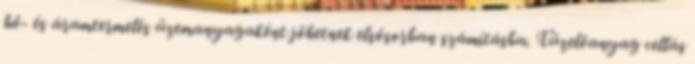
hő- és áramtermelés üzemanyagaként jöhetnek elsősorban számításba. Tüzelőanyag cellás